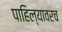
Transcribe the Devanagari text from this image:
पाहिल्यावरच